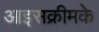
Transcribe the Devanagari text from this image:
आइसक्रीमके